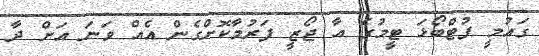
ގައުމީ ފުޓްބޯޅަ ޓީމުގެ އާ ޖޯޒީ ފަރުމާކޮށްގެން އެއް ވަނަ އަށް ދާ